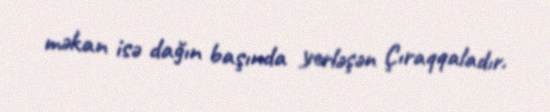
məkan isə dağın başında yerləşən Çıraqqaladır.